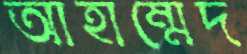
আহাম্মেদ